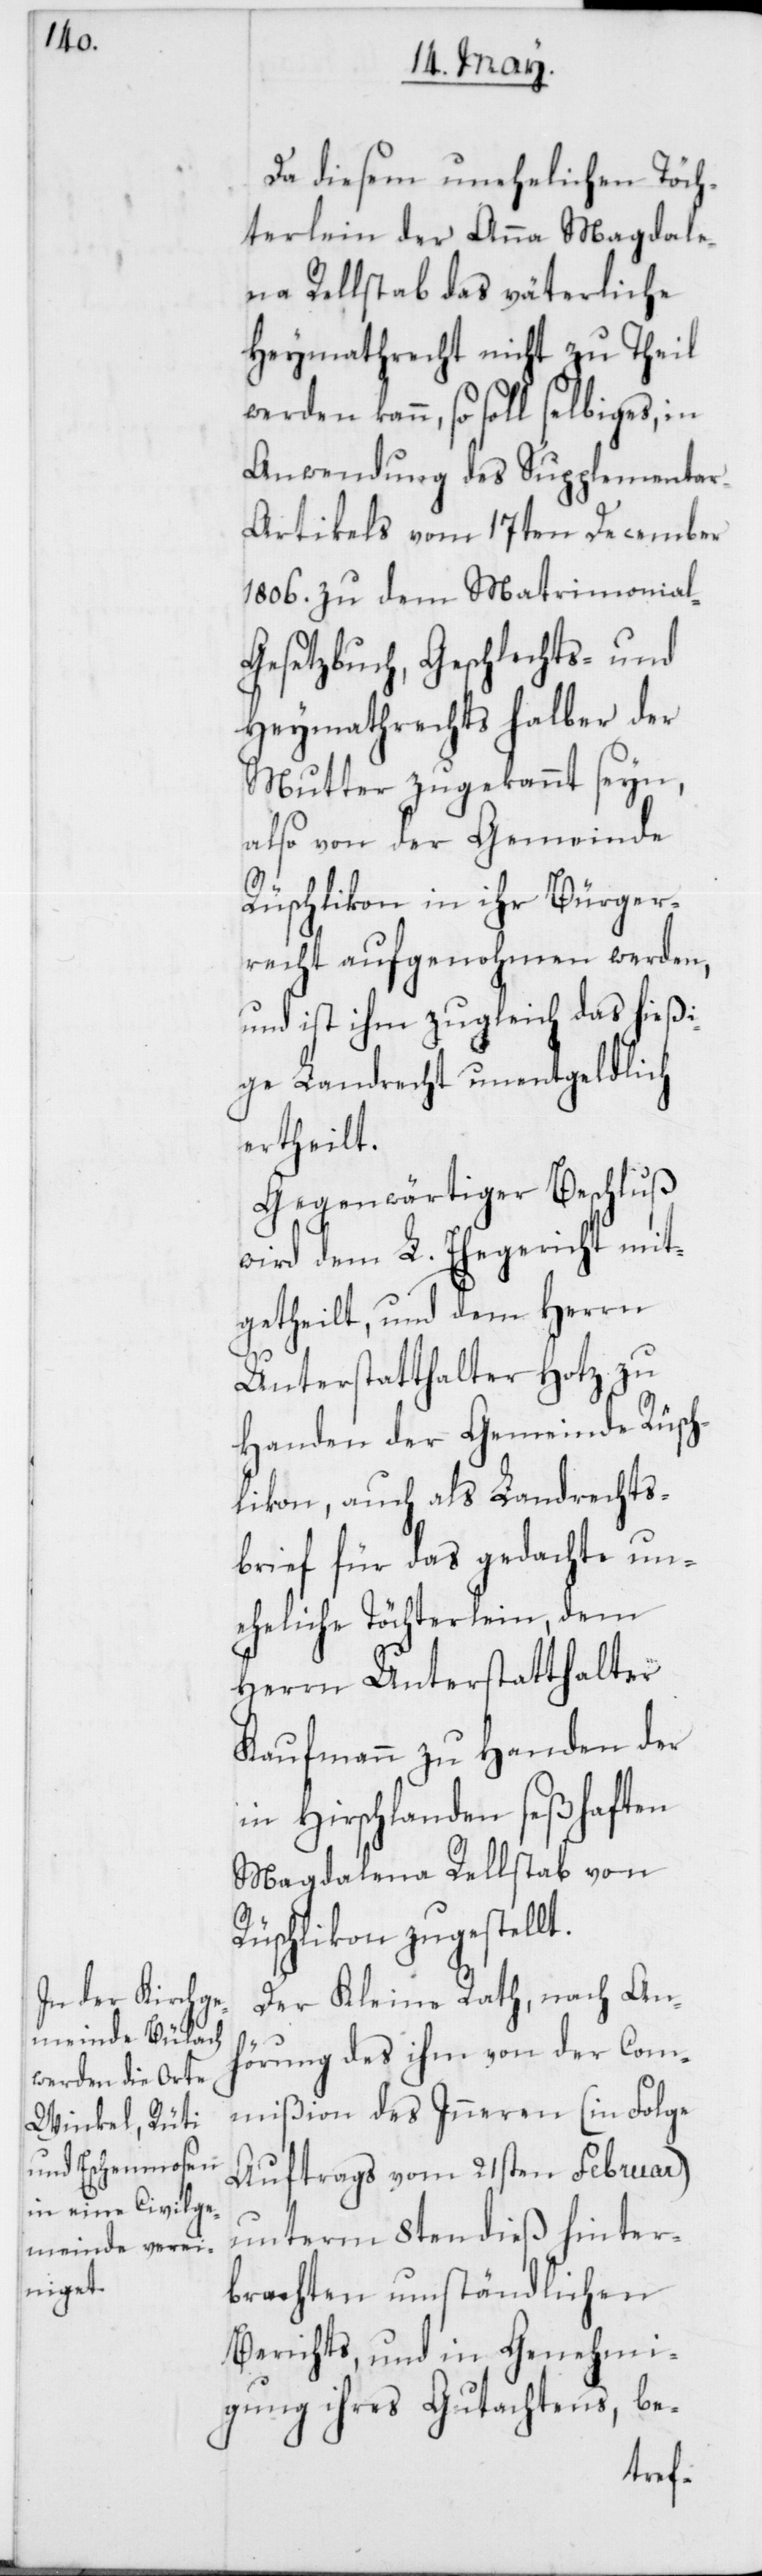
Da diesem unehelichen Töch¬
terlein der Anna Magdale¬
na Rellstab das väterliche
Heymathrecht nicht zu Theil
werden kann, so soll selbiges, in
Anwendung des Supplementa¬
r-Artikels vom 17ten December
1806. zu dem Matrimonial-G¬
esetzbuch, Geschlechts- und
Heymathrechts halber der
Mutter zugekannt seyn,
also von der Gemeinde
Rüschlikon in ihr Bürger¬
recht aufgenohmen werden,
und ist ihm zugleich das hießi¬
ge Landrecht unentgeldlich
ertheilt.
Gegenwärtiger Beschluß
wird dem L. Ehegericht mit¬
getheilt, und dem Herrn
Unterstatthalter Hotz zu
Handen der Gemeinde Rüsch¬
likon, auch als Landrechts¬
brief für das gedachte un¬
eheliche Töchterlein, dem
Herrn Unterstatthalter
Kaufmann zu Handen der
in Hirschlanden seßhaften
Magdalena Rellstab von
Rüschlikon zugestellt.
Der Kleine Rath, nach An¬
hörung des ihm von der Com¬
mißion des Inneren (in Folge
Auftrags vom 21sten Februar)
unterm 8ten dieß hinter¬
brachten umständlichen
Berichts, und in Genehmi¬
gung ihres Gutachtens, be-